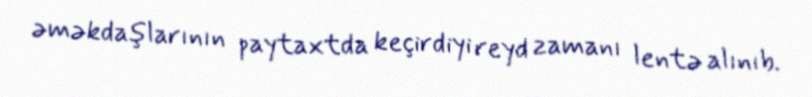
əməkdaşlarının paytaxtda keçirdiyi reyd zamanı lentə alınıb.